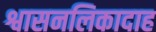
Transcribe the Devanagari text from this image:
श्वासनलिकादाह